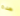
هذه